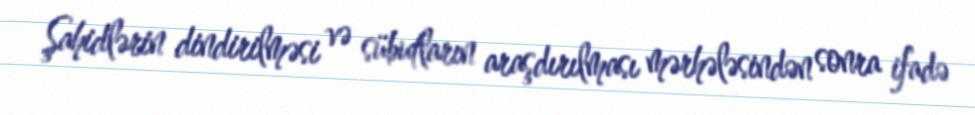
Şahidlərin dindirilməsi və sübutların araşdırılması mərhələsindən sonra ifadə